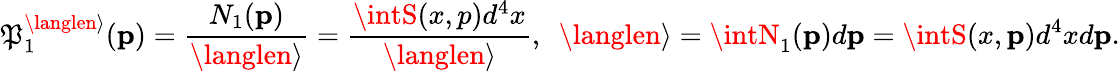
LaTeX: \mathfrak{P}_{1}^{\langlen\rangle}({\mathbf{p}})=\frac{{N_{1}({\mathbf{p}})}}{{\langlen\rangle}}=\frac{{\intS(x,p)d^{4}x}}{{\langlen\rangle}},~~\langlen\rangle=\intN_{1}({\mathbf{p}})d{\mathbf{p}}=\intS(x,{\mathbf{p}})d^{4}xd{\mathbf{p}}.